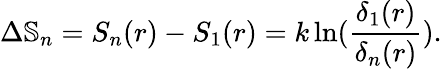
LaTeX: \Delta\mathbb{S}_{n}=S_{n}(r)-S_{1}(r)=k\ln({\frac{\delta_{1}(r)}{\delta_{n}(r)}}).